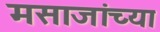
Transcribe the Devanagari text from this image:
मसाजांच्या